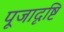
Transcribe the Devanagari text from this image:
पूजादृष्टि